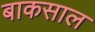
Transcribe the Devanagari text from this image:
बाकसाल